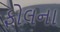
ફોલના